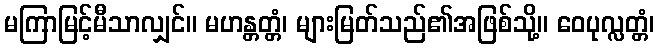
မကြာမြင့်မီသာလျှင်။ မဟန္တတ္တံ၊ များမြတ်သည်၏အဖြစ်သို့။ ဝေပုလ္လတ္တံ၊